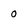
Character: o